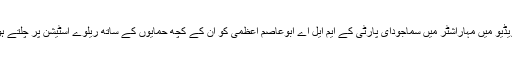
کل 12 سیکنڈ کے اس ویڈیو میں مہاراشٹر میں سماجودای پارٹی کے ایم ایل اے ابوعاصم اعظمی کو ان کے کچھ حمایوں کے ساتھ ریلوے اسٹیشن پر چلتے ہوئے دیکھا جا سکتا ہے۔